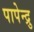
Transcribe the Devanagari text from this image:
पापेन्द्रु